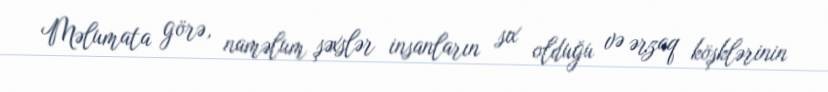
Məlumata görə, naməlum şəxslər insanların sıx olduğu və ərzaq köşklərinin